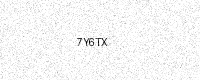
Text: 7Y6TX